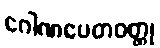
ဂေါဏပေတဝတ္ထု